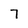
Character: 7